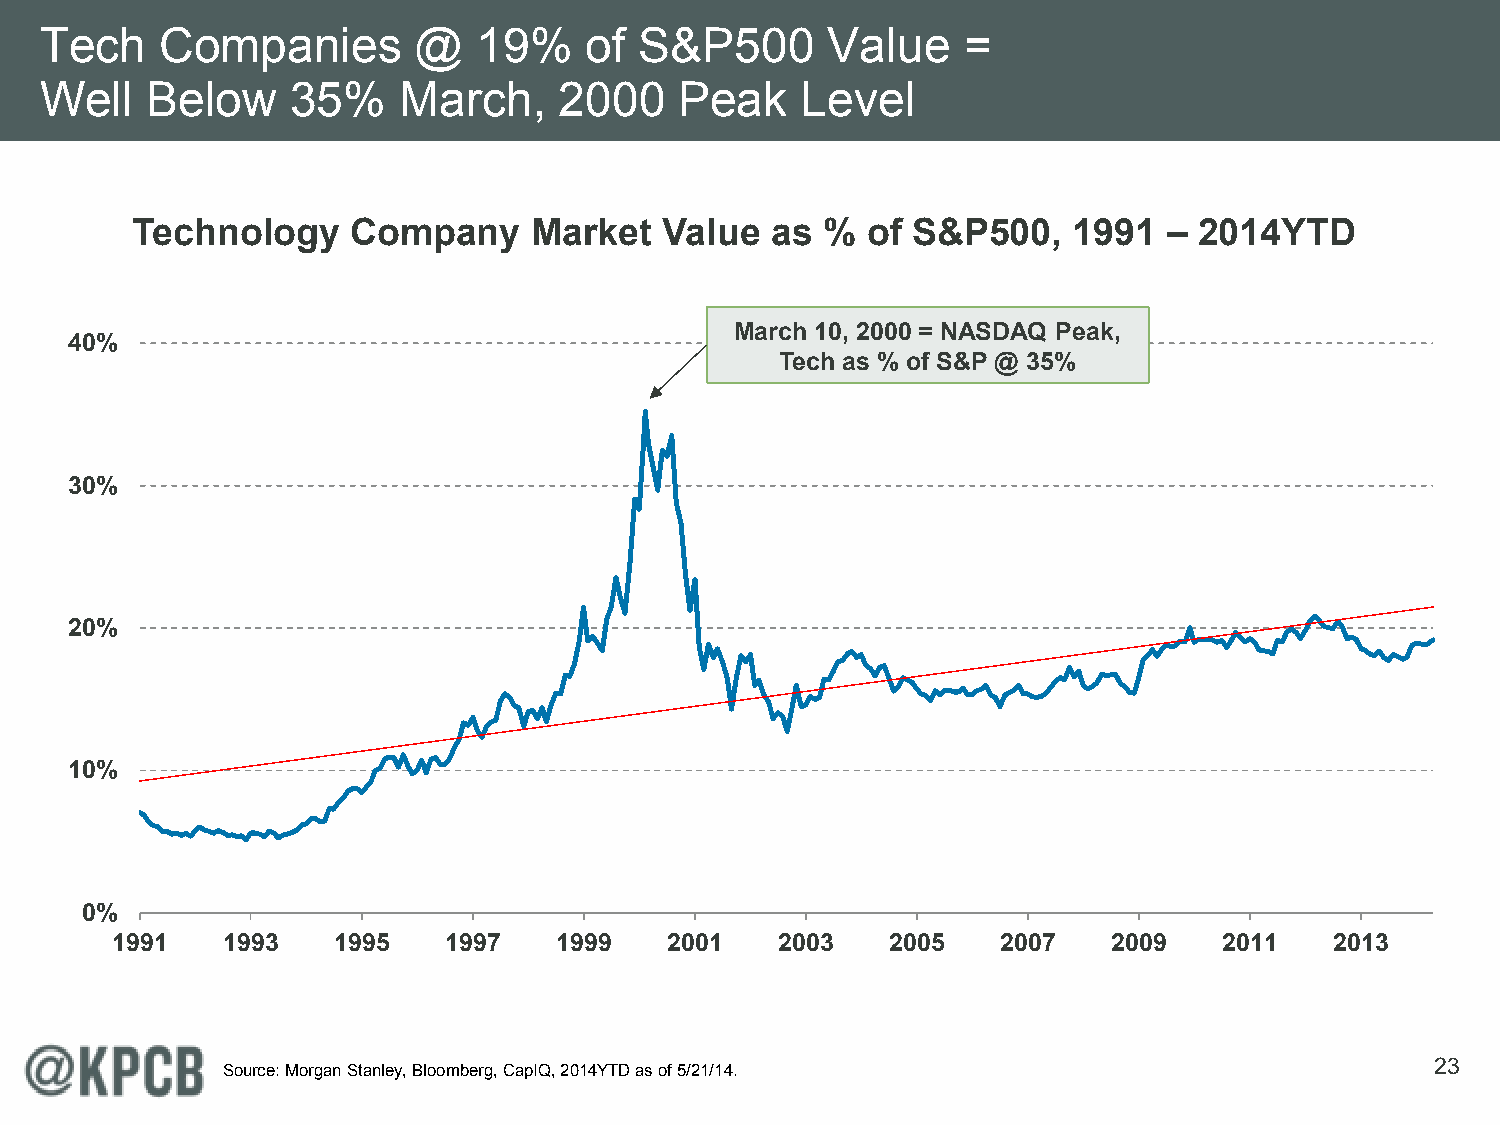
Tech    Companies       @    19%    of S&P500       Value    =
 Well   Below    35%    March,     2000    Peak    Level
 Technology    Company     Market   Value  as  % of S&P500,    1991  – 2014YTD
 March 10, 2000 = NASDAQ Peak,
 40%
 Tech as % of S&P @ 35%
 30%
 20%
 10%
 0%
 1991    1993   1995   1997    1999   2001    2003   2005   2007    2009   2011   2013
 23
 Source: Morgan Stanley, Bloomberg, CapIQ, 2014YTD as of 5/21/14.